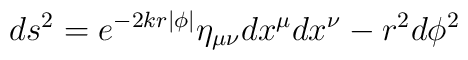
ds^2=e^{-2kr|\phi|}\eta_{\mu\nu}dx^\mu dx^\nu-r^2d\phi^2